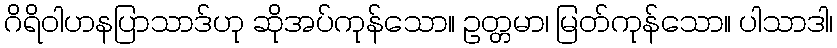
ဂိရိဝါဟနပြာသာဒ်ဟု ဆိုအပ်ကုန်သော။ ဥတ္တမာ၊ မြတ်ကုန်သော။ ပါသာဒါ၊